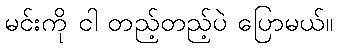
မင်းကို ငါ တည့်တည့်ပဲ ပြောမယ်။